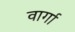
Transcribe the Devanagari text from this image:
वार्गा